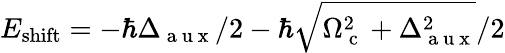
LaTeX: E_{\mathrm{shift}}=-\hbar\Delta_{\mathrm{~a~u~x~}}/2-\hbar\sqrt{\Omega_{\mathrm{~c~}}^{2}+\Delta_{\mathrm{~a~u~x~}}^{2}}/2